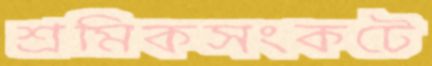
শ্রমিকসংকটে